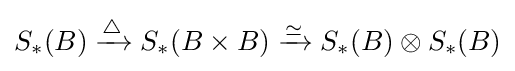
S_{\ast }(B)\xrightarrow {\triangle } S_{\ast }(B\times B)\xrightarrow {\simeq } S_{\ast }(B)\otimes S_{\ast }(B)